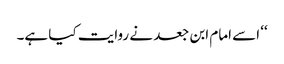
‘‘ اسے امام ابن جعد نے روایت کیا ہے۔